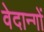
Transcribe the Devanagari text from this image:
वेदान्गों